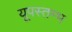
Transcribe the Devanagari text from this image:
यूपस्तम्भ